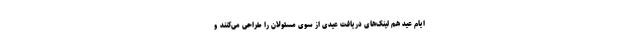
ایام عید هم لینک‌های دریافت عیدی از سوی مسئولان را طراحی می‌کنند و